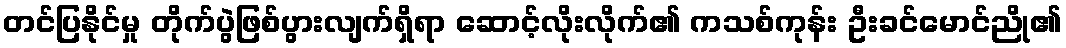
တင်ပြနိုင်မှု တိုက်ပွဲဖြစ်ပွားလျက်ရှိရာ ဆောင့်လိုးလိုက်၏ ကသစ်ကုန်း ဦးခင်မောင်ညို၏